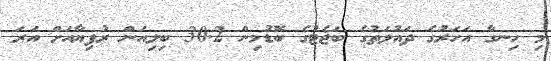
މި ހިނގާ އަހަރުގެ ދައުލަތުގެ ބަޖެޓުގެ ބޮޑުމިން 30.2 ބިލިއަން ރުފިޔާއަށް އަރަ